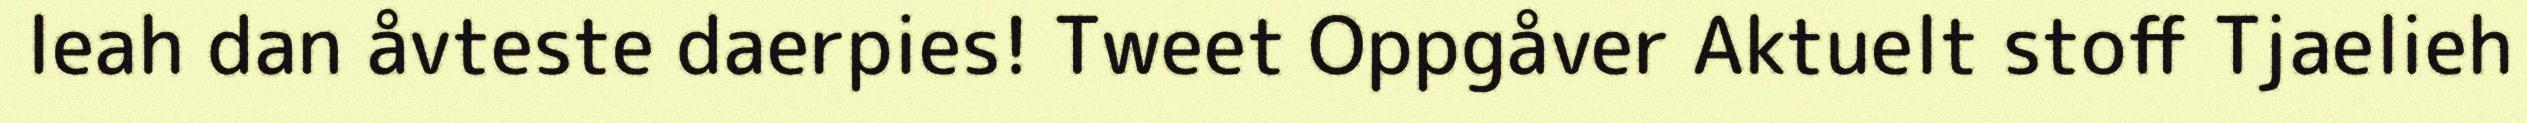
leah dan åvteste daerpies! Tweet Oppgåver Aktuelt stoff Tjaelieh